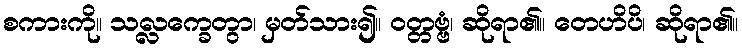
စကားကို။ သလ္လက္ခေတွာ၊ မှတ်သား၍။ ဝတ္တဗ္ဗံ၊ ဆိုရာ၏။ တေဟိပိ၊ ဆိုရာ၏။